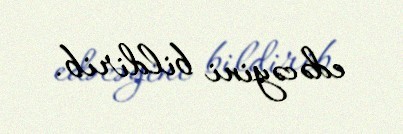
edəcəyini bildirib.